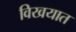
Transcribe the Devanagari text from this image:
विखयात